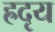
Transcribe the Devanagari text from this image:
ह्रदृय